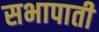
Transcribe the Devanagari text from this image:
सभापाती